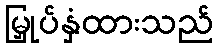
မြှုပ်နှံထားသည်